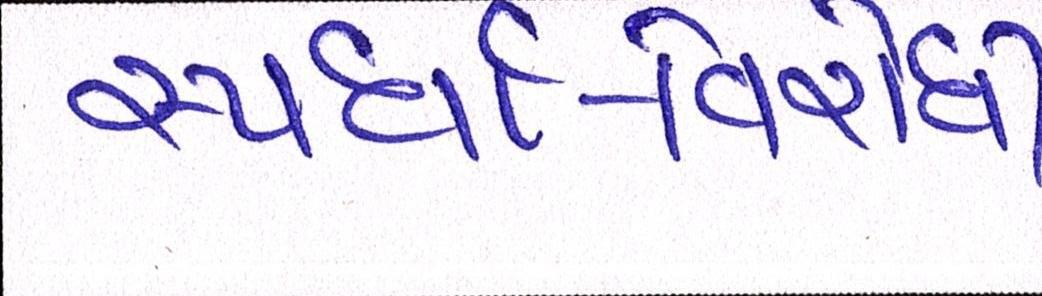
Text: સ્પર્ધા-વિરોધી